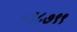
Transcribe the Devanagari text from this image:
५६८७९९